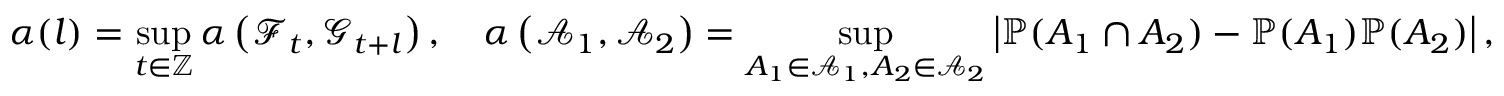
\alpha ( l ) = \underset { t \in \mathbb { Z } } { \operatorname* { s u p } } \, \alpha \left( \mathcal { F } _ { t } , \mathcal { G } _ { t + l } \right) , \quad \alpha \left( \mathcal { A } _ { 1 } , \mathcal { A } _ { 2 } \right) = \underset { A _ { 1 } \in \mathcal { A } _ { 1 } , A _ { 2 } \in \mathcal { A } _ { 2 } } { \operatorname* { s u p } } \left| \mathbb { P } ( A _ { 1 } \cap A _ { 2 } ) - \mathbb { P } ( A _ { 1 } ) \mathbb { P } ( A _ { 2 } ) \right| ,